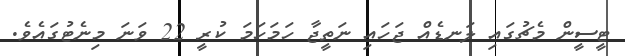
ޓީސީން މެޗުގައި ލަނޑެއް ޖަހައި ނަތީޖާ ހަމަހަމަ ކުރީ 22 ވަނަ މިނެޓުގައެވެ.